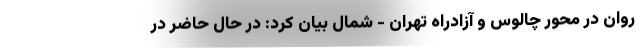
روان در محور چالوس و آزادراه تهران - شمال بیان کرد: در حال حاضر در